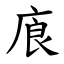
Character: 㢃